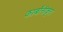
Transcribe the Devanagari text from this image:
कार्बोनीकृत